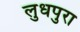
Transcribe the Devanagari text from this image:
लुधपुरा